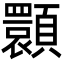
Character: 𩕪